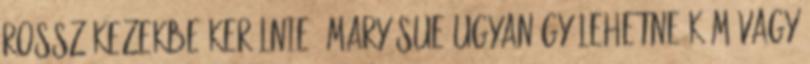
rossz kezekbe kerülnie. Mary Sue ugyanúgy lehetne kém vagy